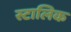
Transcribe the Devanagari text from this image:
स्टालिक